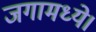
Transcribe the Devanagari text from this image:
जगामध्ये।